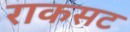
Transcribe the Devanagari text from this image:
राकसट